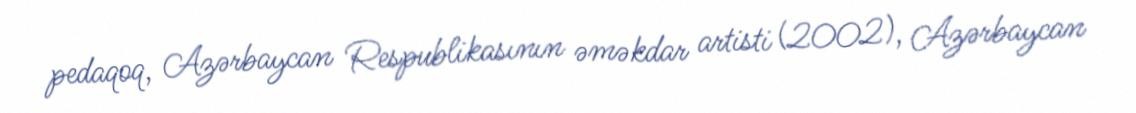
pedaqoq, Azərbaycan Respublikasının əməkdar artisti (2002), Azərbaycan